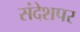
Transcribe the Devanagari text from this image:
संदेशपर